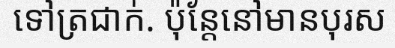
ទៅត្រជាក់. ប៉ុន្តែនៅមានបុរស